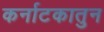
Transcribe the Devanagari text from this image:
कर्नाटकातुन